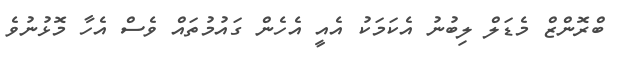
ބްރޮންޒް މެޑަލް ލިބުނު އެކަމަކު އެއީ އެހެން ގައުމުތައް ވެސް އެހާ މޮޅުނުވެ